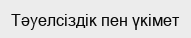
Тәуелсіздік пен үкімет